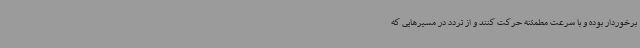
برخوردار بوده و با سرعت مطمئنه حرکت کنند و از تردد در مسیرهایی که